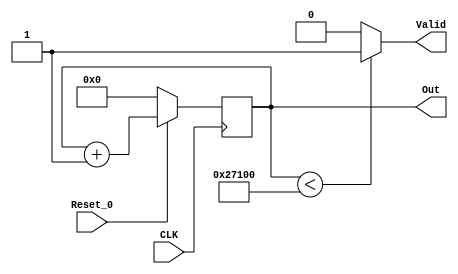
module Counter(Out, Valid, Reset_0, CLK);
	parameter height = 400;
	parameter width = 400;
	
	output [17:0]Out;
	output Valid;
	reg [17:0]Out;
	input Reset_0, CLK;

	assign Valid = (Out < height*width) ? 1'b1 : 1'b0;

	always @(posedge CLK)
	begin
	if (Reset_0 == 1'b0)
		Out = 18'd0;
	else
		Out = Out + 18'd1;
	end
endmodule